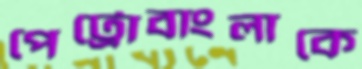
পেট্রোবাংলাকে